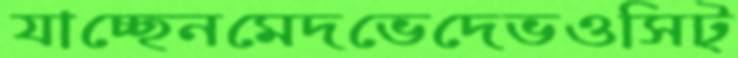
যাচ্ছেনমেদভেদেভওসিট্